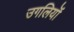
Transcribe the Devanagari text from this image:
उगलियॊं